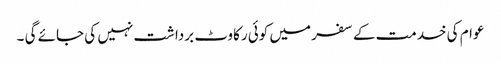
عوام کی خدمت کے سفر میں کوئی رکاوٹ برداشت نہیں کی جائے گی ۔